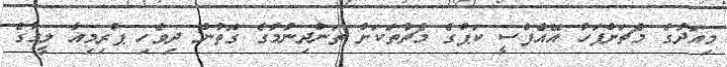
މިއަދުގެ މެޗަށްފަހު އޭއެފްސީ ކަޕްގެ މެޗުތަކަށް ތަންދިނުމުގެ ގޮތުން ދިވެހި ޕްރިމިއާ ލީގުގެ